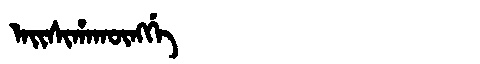
Manchu: ᠠᡳᠰᡳᡥᠠᡴᡡᠩᡤᡝ
Romanization: AISIHAKŪNGGE